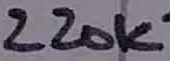
Text: 220K